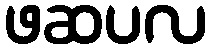
ဖဆပလ